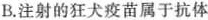
B.注射的狂犬疫苗属于抗体